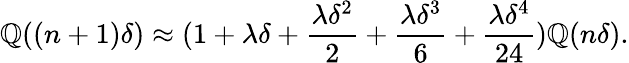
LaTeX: \mathbb{Q}((n+1)\delta)\approx(1+\lambda\delta+\frac{{\lambda\delta^{2}}}{{2}}+\frac{{\lambda\delta^{3}}}{{6}}+\frac{{\lambda\delta^{4}}}{{24}})\mathbb{Q}(n\delta).